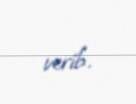
verib.